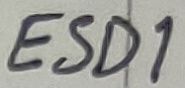
Text: ESD1